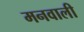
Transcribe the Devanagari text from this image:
मनवाली